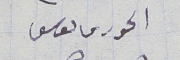
الحورى ىوسف